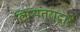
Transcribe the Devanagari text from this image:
लिप्यंतराद्वारे